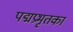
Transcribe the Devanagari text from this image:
पद्मप्रभृतका